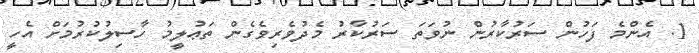
1. އެންމެ ފަހުން ސަރުކާރުން ނުވަތަ ސަރުކާރު މެދުވެރިވެގެން ތަޢުލީމު ހާސިލުކުރުމަށް އެހީ